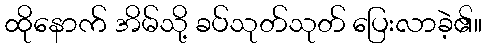
ထိုနောက် အိမ်သို့ ခပ်သုတ်သုတ် ပြေးလာခဲ့၏။